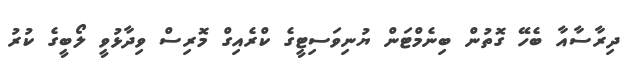
ދިރާސާއާ ބެހޭ ގޮތުން ބިނެމްޓަން ޔުނިވަސިޓީގެ ކްރެއިގް މޮރިސް ވިދާޅުވީ ލޯބީގެ ކުރު